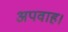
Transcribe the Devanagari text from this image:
अपवाह।